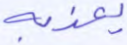
يعذبه